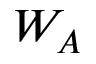
W _ { A }